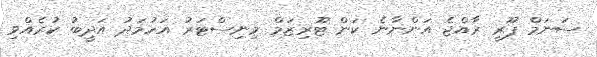
ސަނަމް ޕޫރީ ރާއްޖެ އަންނާނެ ކަން ޓޫރިޒަމް މިނިސްޓަރު އަހުމަދު އަދީބު ކުރެއްވި